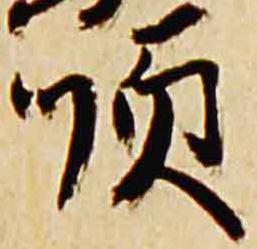
順